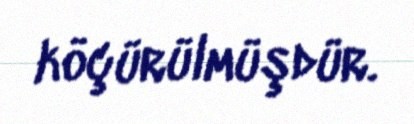
köçürülmüşdür.